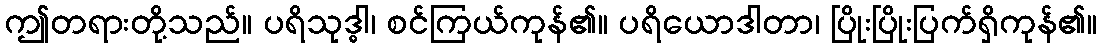
ဤတရားတို့သည်။ ပရိသုဒ္ဓါ၊ စင်ကြယ်ကုန်၏။ ပရိယောဒါတာ၊ ပြိုးပြိုးပြက်ရှိကုန်၏။